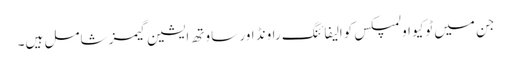
جن میں ٹوکیو اولمپکس کوالیفائنگ راونڈ اور ساوتھ ایشین گیمز شامل ہیں۔